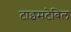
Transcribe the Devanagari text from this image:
टाइमटेबिल